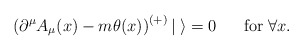
\begin{align*}\left(\partial^{\mu}A_{\mu}(x) - m\theta(x)\right)^{(+)}|\;\rangle = 0 \makebox[7mm]{}{\rm for}\; \forall x .\end{align*}